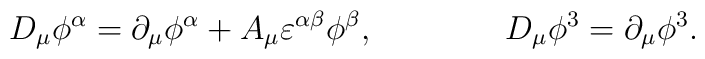
D_{\mu} \phi^{\alpha} =\partial_{\mu} \phi^{\alpha} + A_{\mu} \varepsilon^{\alpha \beta} \phi^{\beta} ,\qquad \qquad D_{\mu} \phi^3 =\partial_{\mu} \phi^3 .